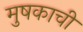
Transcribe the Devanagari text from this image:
मुषकाची